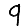
Digit: 9